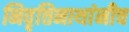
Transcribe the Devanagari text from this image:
निवृत्तिनाथांनीच